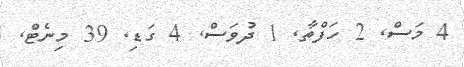
4 މަސް